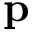
\mathbf { p }